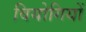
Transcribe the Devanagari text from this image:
वियोगियों